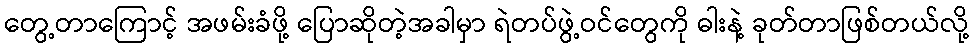
တွေ့တာကြောင့် အဖမ်းခံဖို့ ပြောဆိုတဲ့အခါမှာ ရဲတပ်ဖွဲ့ဝင်တွေကို ဓါးနဲ့ ခုတ်တာဖြစ်တယ်လို့